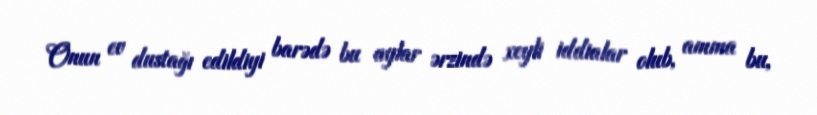
Onun ev dustağı edildiyi barədə bu aylar ərzində xeyli iddialar olub, amma bu,